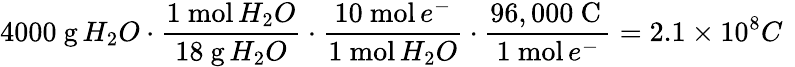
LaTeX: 4000\ {\mathrm{g}}\, H_{2}O\cdot{\frac{1\ {\mathrm{mol}}\, H_{2}O}{18\ {\mathrm{g}}\, H_{2}O}}\cdot{\frac{10\ {\mathrm{mol}}\, e^{-}}{1\ {\mathrm{mol}}\, H_{2}O}}\cdot{\frac{96,000\ {\mathrm{C}}\, }{1\ {\mathrm{mol}}\, e^{-}}}=2.1\times 10^{8}C\ \,